Report of the Indian Hemp Drugs Commission, 1894-1895 - Volume III
Year: 1894
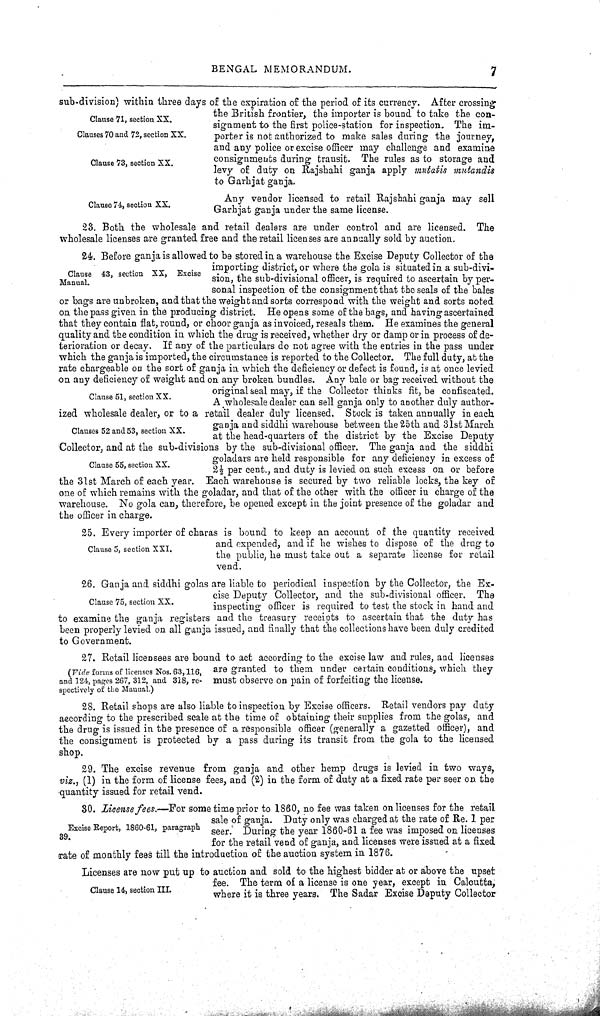
BENGAL MEMORANDUM.
7
Clause 71, section XX.
Clauses 70 and 72, section XX.
Clause 73, section XX.
Clause 74, section XX.
sub-division) within three days of the expiration of the period of its currency. After crossing
the British frontier, the importer is bound to take the con-
signment to the first police-station for inspection. The im-
porter is not authorized to make sales during the journey,
and any police or excise officer may challenge and examine
consignments during transit. The rules as to storage and
levy of duty on Rajshahi ganja apply mutatis mutandis
to Garhjat ganja.
Any vendor licensed to retail Rajshahi ganja may sell
Garhjat ganja under the same license.
23. Both the wholesale and retail dealers are under control and are licensed. The
wholesale licenses are granted free and the retail licenses are annually sold by auction.
Clause 43, section XX, Excise
Manual.
Clause 51, section XX.
Clauses 52 and 53, section XX.
Clause 55, section XX.
24. Before ganja is allowed to be stored in a warehouse the Excise Deputy Collector of the
importing district, or where the gola is situated in a sub-divi-
sion, the sub-divisional officer, is required to ascertain by per-
sonal inspection of the consignment that the seals of the bales
or bags are unbroken, and that the weight and sorts correspond with the weight and sorts noted
on the pass given in the producing district. He opens some of the bags, and having ascertained
that they contain flat, round, or choor ganja as invoiced, reseals them. He examines the general
quality and the condition in which the drug is received, whether dry or damp or in process of de-
terioration or decay. If any of the particulars do not agree with the entries in the pass under
which the ganja is imported, the circumstance is reported to the Collector. The full duty, at the
rate chargeable on the sort of ganja in which the deficiency or defect is found, is at once levied
on any deficiency of weight and on any broken bundles. Any bale or bag received without the
original seal may, if the Collector thinks fit, be confiscated.
A wholesale dealer can sell ganja only to another duly author-
ized wholesale dealer, or to a retail dealer duly licensed. Stock is taken annually in each
ganja and siddhi warehouse between the 25th and 31st March
at the head-quarters of the district by the Excise Deputy
Collector, and at the sub-divisions by the sub-divisional officer. The ganja and the siddhi
goladars are held responsible for any deficiency in excess of
21/2 per cent., and duty is levied on such excess on or before
the 31st March of each year. Each warehouse is secured by two reliable locks, the key of
one of which remains with the goladar, and that of the other with the officer in charge of the
warehouse. No gola can, therefore, be opened except in the joint presence of the goladar and
the officer in charge.
Clause 5, section XXI.
25. Every importer of charas is bound to keep an account of the quantity received
and expended, and if he wishes to dispose of the drug to
the public, he must take out a separate license for retail
vend.
Clause 75, section XX.
(Vide forms of licenses Nos. 63, 116,
and 124, pages 267, 312, and 318, re-
spectively of the Manual.)
26. Ganja and siddhi golas are liable to periodical inspection by the Collector, the Ex-
cise Deputy Collector, and the sub-divisional officer. The
inspecting officer is required to test the stock in hand and
to examine the ganja registers and the treasury receipts to ascertain that the duty has
been properly levied on all ganja issued, and finally that the collections have been duly credited
to Government.
27. Retail licensees are bound to act according to the excise law and rules, and licenses
are granted to them under certain conditions, which they
must observe on pain of forfeiting the license.
28. Retail shops are also liable to inspection by Excise officers. Retail vendors pay duty
according to the prescribed scale at the time of obtaining their supplies from the golas, and
the drug is issued in the presence of a responsible officer (generally a gazetted officer), and
the consignment is protected by a pass during its transit from the gola to the licensed
shop.
29. The excise revenue from ganja and other hemp drugs is levied in two ways,
viz., (1) in the form of license fees, and (2) in the form of duty at a fixed rate per seer on the
quantity issued for retail vend.
Excise Report, 1860-61, paragraph
39.
Clause 14, section III.
30. License fees.—For some time prior to 1860, no fee was taken on licenses for the retail
sale of ganja. Duty only was charged at the rate of Re. 1 per
seer. During the year 1860-61 a fee was imposed on licenses
for the retail vend of ganja, and licenses were issued at a fixed
rate of monthly fees till the introduction of the auction system in 1876.
Licenses are now put up to auction and sold to the highest bidder at or above the upset
fee. The term of a license is one year, except in Calcutta,
where it is three years. The Sadar Excise Deputy Collector